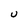
Character: U